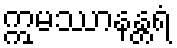
ဣမဿာနန္တရံ